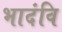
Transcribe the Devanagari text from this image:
भादंवि